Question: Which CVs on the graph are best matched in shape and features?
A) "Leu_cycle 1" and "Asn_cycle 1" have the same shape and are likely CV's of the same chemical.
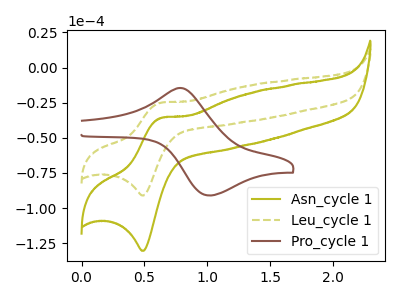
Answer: <think>The olive curve "Asn_cycle 1" has an anodic peak at (0.65V, -36.00uA) and a cathodic peak at (0.50V, -130.45uA). The olive dashed curve "Leu_cycle 1" has an anodic peak at (0.65V, -25.15uA) and a cathodic peak at (0.50V, -91.05uA). The brown curve "Pro_cycle 1" has an anodic peak at (0.80V, -14.75uA) and a cathodic peak at (1.00V, -91.05uA).
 All the peaks in "Asn_cycle 1" have a peak in "Leu_cycle 1" at the same potential. "Asn_cycle 1" and "Pro_cycle 1" have at least one peak that do not match. "Leu_cycle 1" and "Pro_cycle 1" have at least one peak that do not match.</think>
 <answer>A) "Leu_cycle 1" and "Asn_cycle 1" have the same shape and are likely CV's of the same chemical.</answer>
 <eval>A</eval>